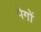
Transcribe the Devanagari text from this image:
पेगों